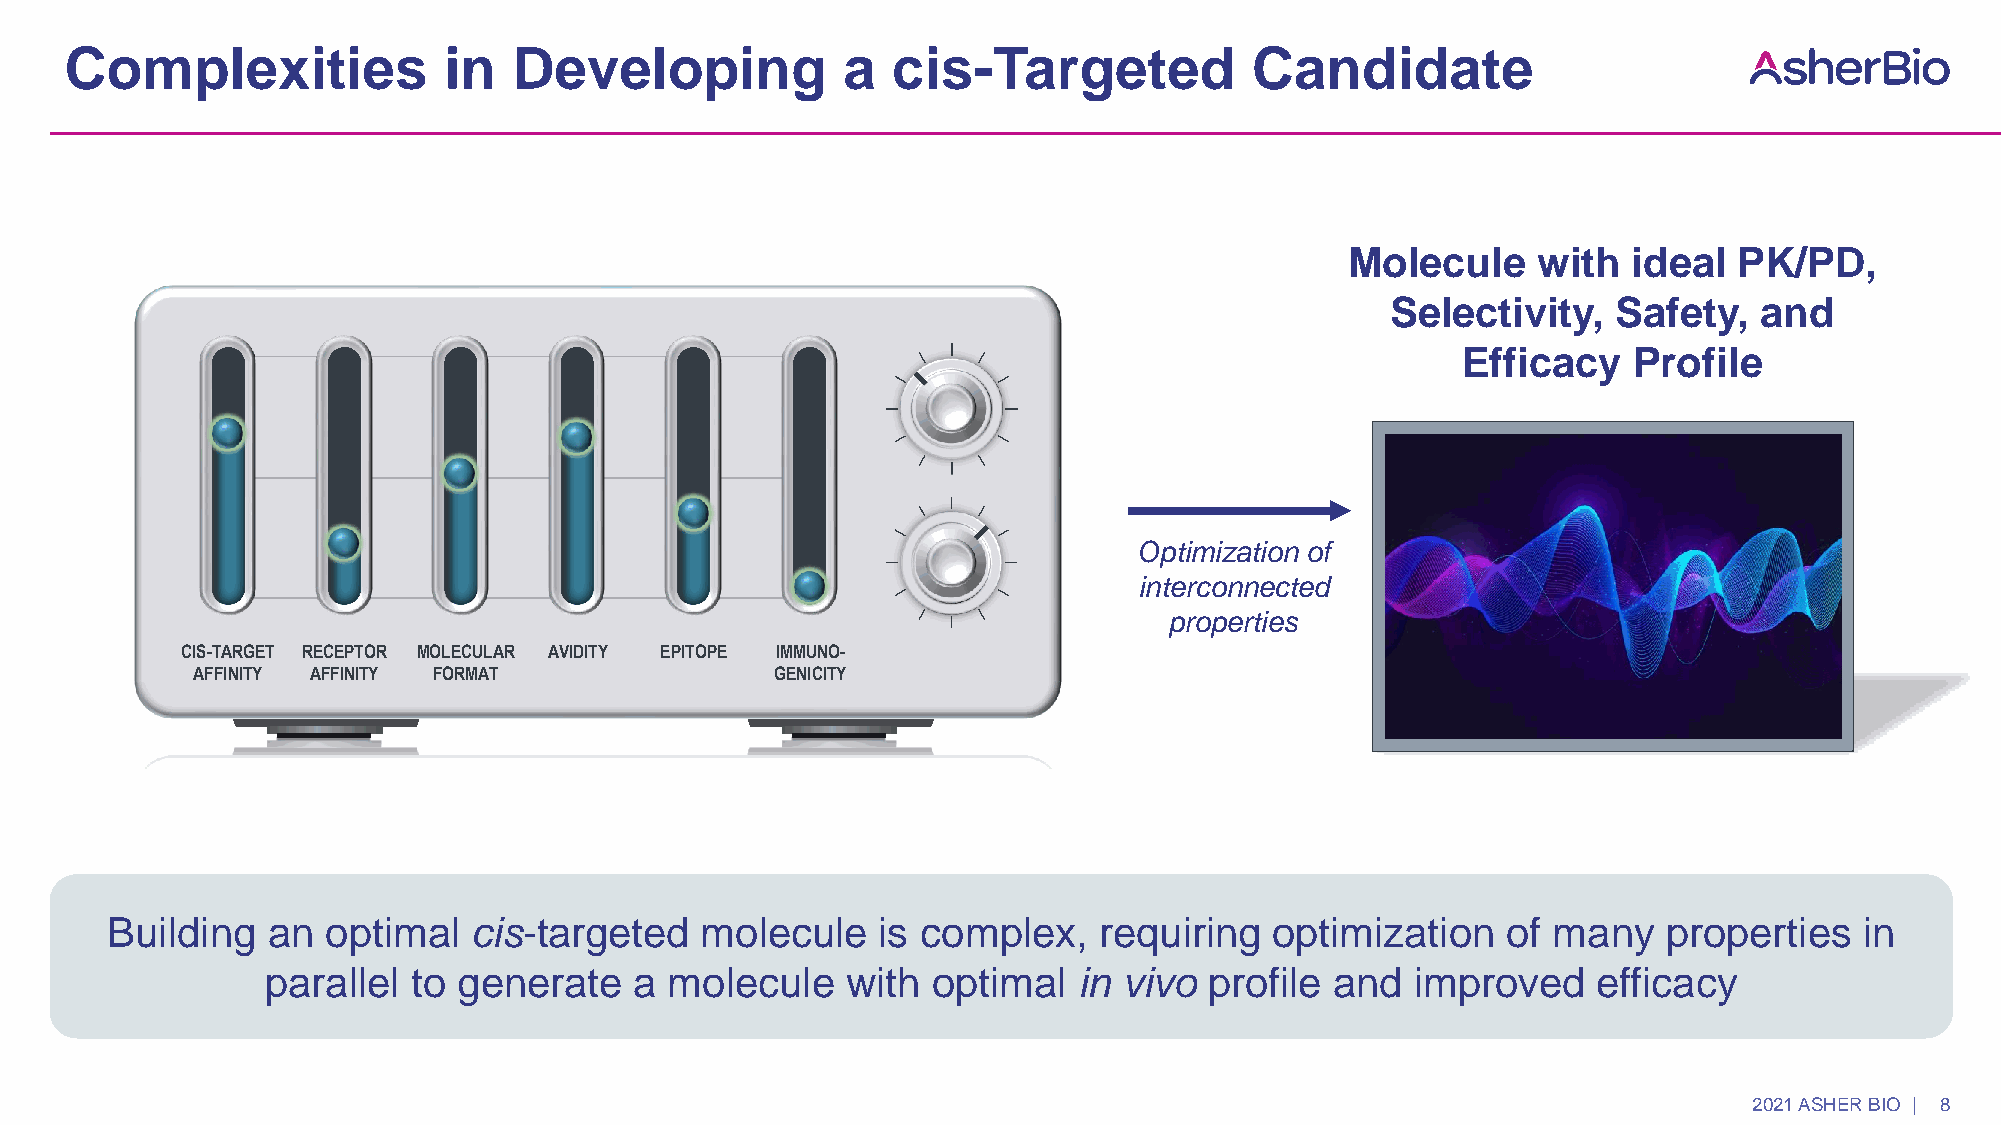
Complexities             in   Developing            a  cis-Targeted            Candidate
 Molecule     with  ideal  PK/PD,
 Selectivity,   Safety,   and
 Efficacy   Profile
 Optimization of
 interconnected
 properties
 CIS-TARGET RECEPTOR MOLECULAR AVIDITY EPITOPE IMMUNO-
 AFFINITY AFFINITY FORMAT              GENICITY
 Building   an  optimal  cis-targeted   molecule    is complex,    requiring  optimization    of many   properties   in
 parallel to generate    a molecule    with  optimal  in vivo  profile and   improved    efficacy
 2021 ASHER BIO | 8